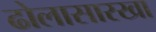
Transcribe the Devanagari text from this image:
ढोलासारखा